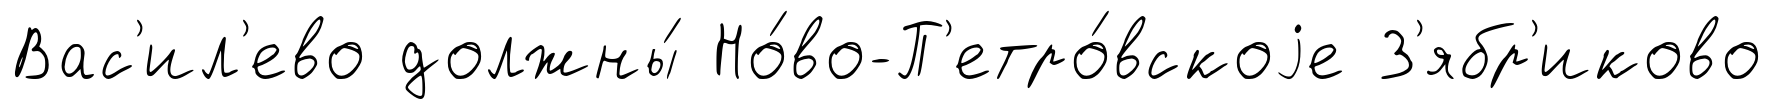
Вас'ил'ево должны́ Но́во-П'етро́вскоjе З'ябр'иково